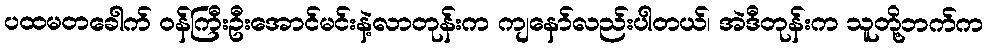
ပထမတခေါက် ဝန်ကြီးဦးအောင်မင်းနဲ့လာတုန်းက ကျနော်လည်းပါတယ်၊ အဲဒီတုန်းက သူတို့ဘက်က